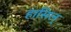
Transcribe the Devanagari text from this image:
हासिल्